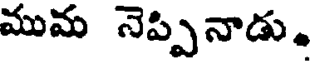
ముమ నెప్పినాడు.